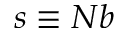
s \equiv N b